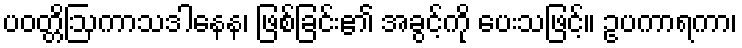
ပဝတ္တိဩကာသဒါနေန၊ ဖြစ်ခြင်း၏ အခွင့်ကို ပေးသဖြင့်။ ဥပကာရကာ၊